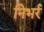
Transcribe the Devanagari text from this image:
निभर्र